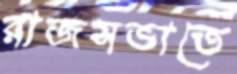
রাজসভাতে